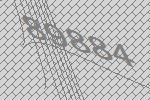
89884